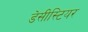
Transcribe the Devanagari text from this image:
डेसीस्टियर